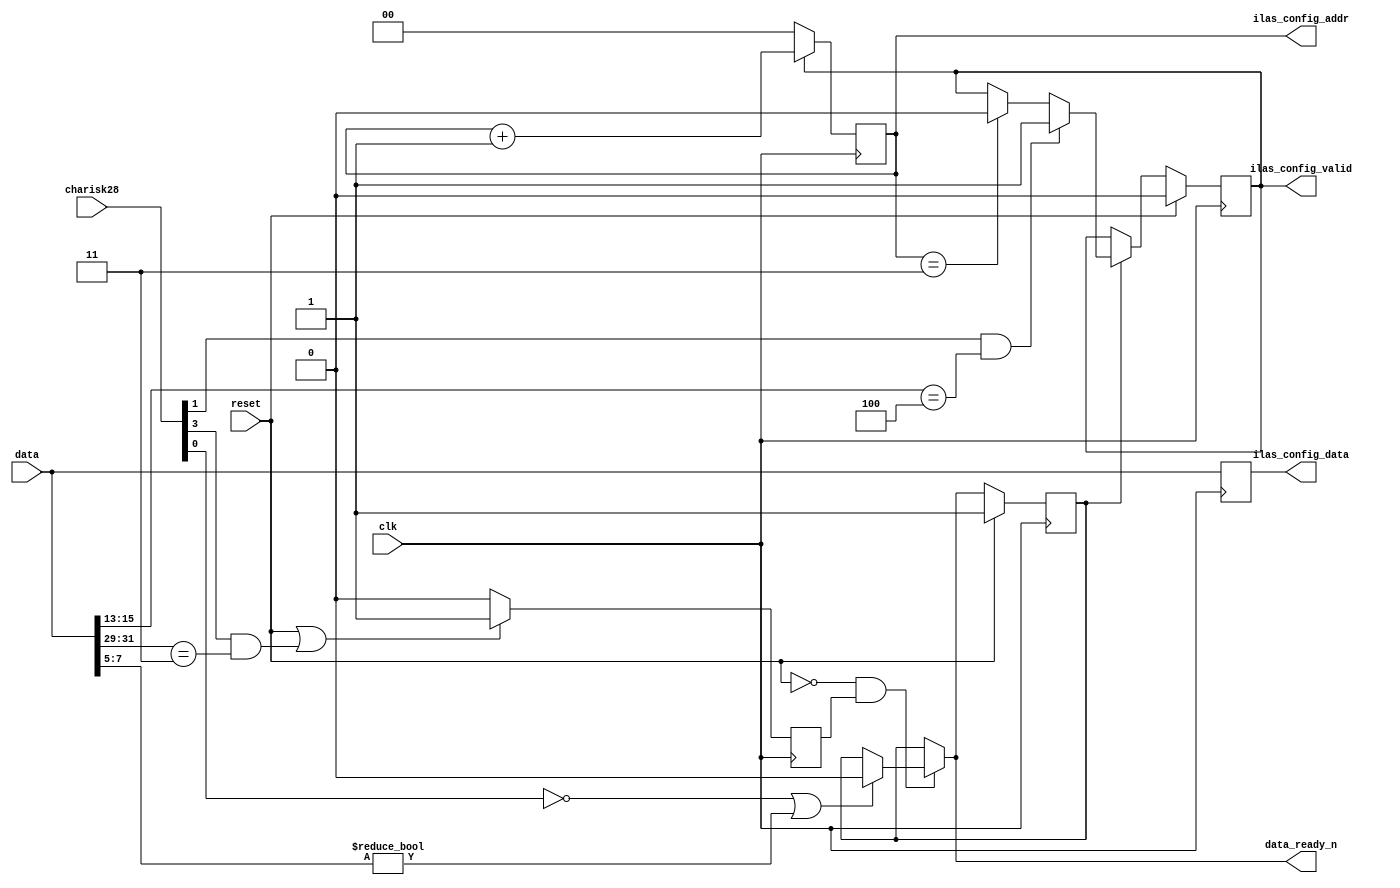
//
// The ADI JESD204 Core is released under the following license, which is
// different than all other HDL cores in this repository.
//
// Please read this, and understand the freedoms and responsibilities you have
// by using this source code/core.
//
// The JESD204 HDL, is copyright  2016-2017 Analog Devices Inc.
//
// This core is free software, you can use run, copy, study, change, ask
// questions about and improve this core. Distribution of source, or resulting
// binaries (including those inside an FPGA or ASIC) require you to release the
// source of the entire project (excluding the system libraries provide by the
// tools/compiler/FPGA vendor). These are the terms of the GNU General Public
// License version 2 as published by the Free Software Foundation.
//
// This core  is distributed in the hope that it will be useful, but WITHOUT ANY
// WARRANTY; without even the implied warranty of MERCHANTABILITY or FITNESS FOR
// A PARTICULAR PURPOSE. See the GNU General Public License for more details.
//
// You should have received a copy of the GNU General Public License version 2
// along with this source code, and binary.  If not, see
// <http://www.gnu.org/licenses/>.
//
// Commercial licenses (with commercial support) of this JESD204 core are also
// available under terms different than the General Public License. (e.g. they
// do not require you to accompany any image (FPGA or ASIC) using the JESD204
// core with any corresponding source code.) For these alternate terms you must
// purchase a license from Analog Devices Technology Licensing Office. Users
// interested in such a license should contact jesd204-licensing@analog.com for
// more information. This commercial license is sub-licensable (if you purchase
// chips from Analog Devices, incorporate them into your PCB level product, and
// purchase a JESD204 license, end users of your product will also have a
// license to use this core in a commercial setting without releasing their
// source code).
//
// In addition, we kindly ask you to acknowledge ADI in any program, application
// or publication in which you use this JESD204 HDL core. (You are not required
// to do so; it is up to your common sense to decide whether you want to comply
// with this request or not.) For general publications, we suggest referencing :
// The design and implementation of the JESD204 HDL Core used in this project
// is copyright  2016-2017, Analog Devices, Inc.
//

`timescale 1ns/100ps

module jesd204_ilas_monitor #(
  parameter DATA_PATH_WIDTH = 4
) (
  input clk,
  input reset,

  input [DATA_PATH_WIDTH*8-1:0] data,
  input [DATA_PATH_WIDTH-1:0] charisk28,

  output reg ilas_config_valid,
  output reg [1:0] ilas_config_addr,
  output reg [DATA_PATH_WIDTH*8-1:0] ilas_config_data,

  output data_ready_n
);

reg [3:0] multi_frame_counter = 'h00;
reg [7:0] frame_counter = 'h00;
reg [7:0] length = 'h00;

localparam STATE_ILAS = 1'b1;
localparam STATE_DATA = 1'b0;

reg state = STATE_ILAS;
reg next_state;
reg prev_was_last = 1'b0;
reg frame_length_error = 1'b0;

assign data_ready_n = next_state;

always @(*) begin
  next_state <= state;
  if (reset == 1'b0 && prev_was_last == 1'b1) begin
    if (charisk28[0] != 1'b1 || data[7:5] != 3'h0) begin
      next_state <= STATE_DATA;
    end
  end
end

always @(posedge clk) begin
  if (reset == 1'b1) begin
    state <= STATE_ILAS;
  end else begin
    state <= next_state;
  end
end

always @(posedge clk) begin
  if (reset == 1'b1 || (charisk28[3] == 1'b1 && data[31:29] == 3'h3)) begin
    prev_was_last <= 1'b1;
  end else begin
    prev_was_last <= 1'b0;
  end
end

always @(posedge clk) begin
  if (reset == 1'b1) begin
    multi_frame_counter <= 'h00;
  end else if (charisk28[0] == 1'b1 && data[7:5] == 3'h0 && state == STATE_ILAS) begin
    multi_frame_counter <= multi_frame_counter + 1'b1;
  end
end

always @(posedge clk) begin
  if (reset == 1'b1) begin
    length <= 'h00;
  end else if (prev_was_last == 1'b1) begin
    if (length == 'h00) begin
      length <= frame_counter;
    end
  end
end

always @(posedge clk) begin
  frame_length_error <= 1'b0;
  if (prev_was_last == 1'b1) begin
    if (length != 'h00 && length != frame_counter) begin
      frame_length_error <= 1'b1;
    end
  end
end

always @(posedge clk) begin
  if (prev_was_last == 1'b1) begin
    frame_counter <= 'h00;
  end else begin
    frame_counter <= frame_counter + 1'b1;
  end
end

always @(posedge clk) begin
  if (reset == 1'b1) begin
    ilas_config_valid <= 1'b0;
  end else if (state == STATE_ILAS) begin
    if (charisk28[1] == 1'b1 && data[15:13] == 3'h4) begin
      ilas_config_valid <= 1'b1;
    end else if (ilas_config_addr == 'h3) begin
      ilas_config_valid <= 1'b0;
    end
  end
end

always @(posedge clk) begin
  if (ilas_config_valid == 1'b0) begin
    ilas_config_addr <= 1'b0;
  end else if (ilas_config_valid == 1'b1) begin
    ilas_config_addr <= ilas_config_addr + 1'b1;
  end
end

always @(posedge clk) begin
  ilas_config_data <= data;
end

endmodule